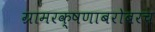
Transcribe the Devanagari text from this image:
ग्रामरक्षणाबरोबरच